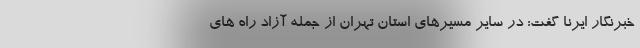
خبرنگار ایرنا گفت: در سایر مسیرهای استان تهران از جمله آزاد راه های